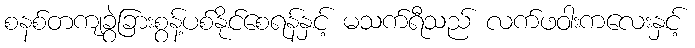
စနစ်တကျခွဲခြားစွန့်ပစ်နိုင်စေရန်နှင့် မသက်ရီသည် လက်ဖဝါးကလေးနှင့်